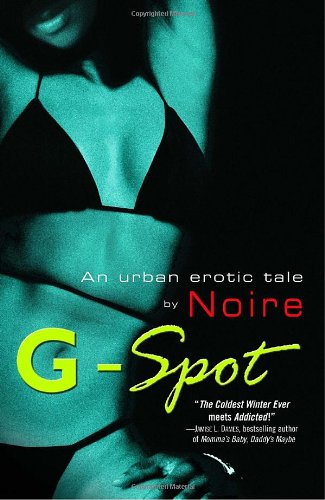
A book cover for G-Spot: An Urban Erotic Tale; Noire; Romance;